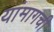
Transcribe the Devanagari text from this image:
यांमागची